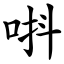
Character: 唞